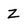
Character: z